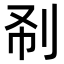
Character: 𠛚